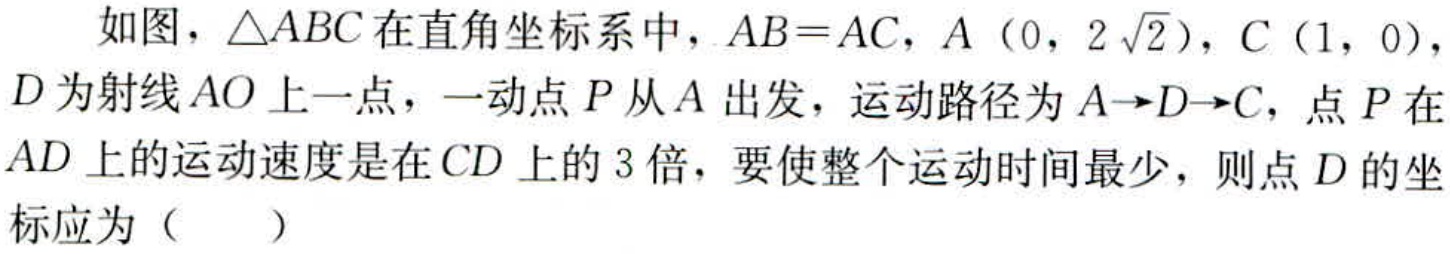
如图，\(\triangle ABC\)在直角坐标系中，\(AB = AC\)，\(A(0,2\sqrt{2})\)，\(C(1,0)\)，\(D\)为射线\(AO\)上一点，一动点\(P\)从\(A\)出发，运动路径为\(A\rightarrow D\rightarrow C\)，点\(P\)在\(AD\)上的运动速度是在\(CD\)上的\(3\)倍，要使整个运动时间最少，则点\(D\)的坐标应为（  ）